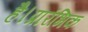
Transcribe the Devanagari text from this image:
है।प्रारंभिक